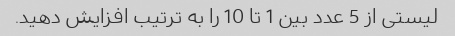
لیستی از 5 عدد بین 1 تا 10 را به ترتیب افزایش دهید.